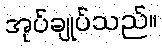
အုပ်ချုပ်သည်။